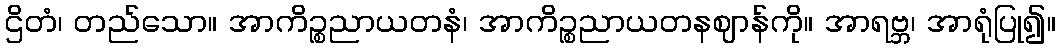
ဌိတံ၊ တည်သော။ အာကိဉ္စညာယတနံ၊ အာကိဉ္စညာယတနဈာန်ကို။ အာရဗ္ဘ၊ အာရုံပြု၍။